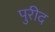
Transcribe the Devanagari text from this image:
पुरीद